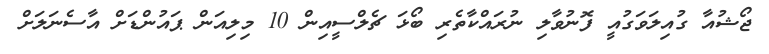
ޖޯޝުއާ ގުއިލަވަގުއީ ފޮނުވާލި ނުރައްކާތެރި ބޯޅަ ޗެލްސީއިން 10 މިލިއަން ޕައުންޑަށް އާސެނަލަށް